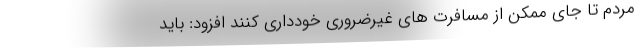
مردم تا جای ممکن از مسافرت های غیرضروری خودداری کنند افزود: باید